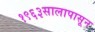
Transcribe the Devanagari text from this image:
१९६३सालापासून